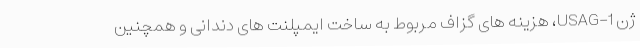
ژن USAG-1، هزینه های گزاف مربوط به ساخت ایمپلنت های دندانی و همچنین